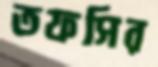
তফসির